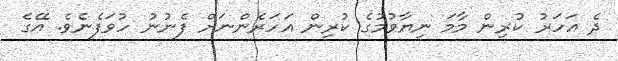
ދެ އަހަރު ކުރިން މާމަ ނިޔާވުމުގެ ކުރިން އަހަރެންނަށް ފެނުނު ހުވަފެނެވެ. އޭގެ